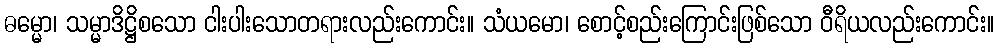
ဓမ္မော၊ သမ္မာဒိဋ္ဌိစသော ငါးပါးသောတရားလည်းကောင်း။ သံယမော၊ စောင့်စည်းကြောင်းဖြစ်သော ဝီရိယလည်းကောင်း။